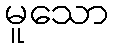
မူသော